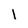
Character: 1